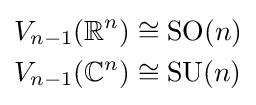
{\begin{aligned}V_{n-1}(\mathbb {R} ^{n})&\cong \mathrm {SO} (n)\\V_{n-1}(\mathbb {C} ^{n})&\cong \mathrm {SU} (n)\end{aligned}}